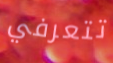
تتعرفي